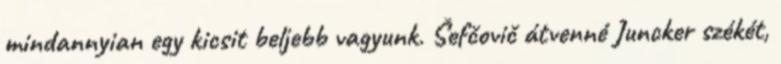
mindannyian egy kicsit beljebb vagyunk. Šefčovič átvenné Juncker székét,